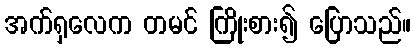
အက်ရှလေက တမင် ကြိုးစား၍ ပြောသည်။